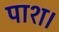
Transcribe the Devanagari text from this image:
पाश।